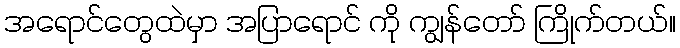
အရောင်တွေထဲမှာ အပြာရောင် ကို ကျွန်တော် ကြိုက်တယ်။